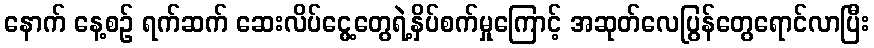
နောက် နေ့စဉ် ရက်ဆက် ဆေးလိပ်ငွေ့တွေရဲ့နှိပ်စက်မှုကြောင့် အဆုတ်လေပြွန်တွေရောင်လာပြီး